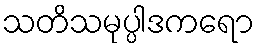
သတိသမုပ္ပါဒကရော